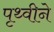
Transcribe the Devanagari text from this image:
पृथ्वीने